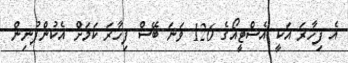
އެ ފިހާރަ އަކީ އެސްޓީއޯގެ 126 ވަނަ ބޭސް ފިހާރަ ކަމަށް އެކުންފުނިން